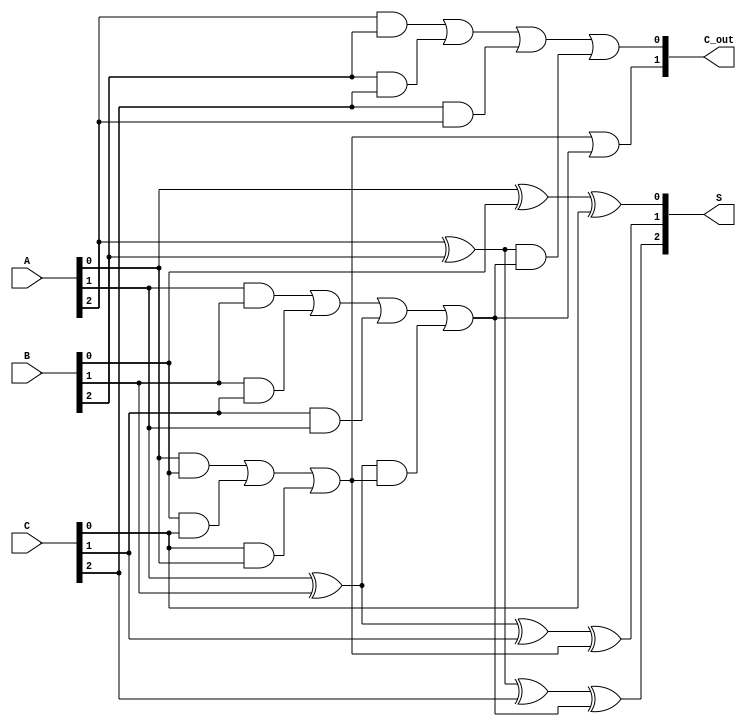
module CarrySaveAdder (
    input  [2:0] A,      // 3-bit input A
    input  [2:0] B,      // 3-bit input B
    input  [2:0] C,      // 3-bit input C
    output [2:0] S,      // 3-bit sum output
    output [1:0] C_out    // 2-bit carry output
);

    wire C1, C2; // Intermediate carry outputs

    // Full adder for the least significant bit (LSB)
    assign S[0] = A[0] ^ B[0] ^ C[0]; // Sum for LSB
    assign C1 = (A[0] & B[0]) | (B[0] & C[0]) | (C[0] & A[0]); // Carry for LSB

    // Full adder for the middle bit
    assign S[1] = A[1] ^ B[1] ^ C[1] ^ C1; // Sum for middle bit
    assign C2 = (A[1] & B[1]) | (B[1] & C[1]) | (C[1] & A[1]) | 
                 ((A[1] ^ B[1]) & C1); // Carry for middle bit

    // Full adder for the most significant bit (MSB)
    assign S[2] = A[2] ^ B[2] ^ C[2] ^ C2; // Sum for MSB
    assign C_out[0] = (A[2] & B[2]) | (B[2] & C[2]) | (C[2] & A[2]) | 
                       ((A[2] ^ B[2]) & C2); // Carry out from MSB
    assign C_out[1] = C1 | C2; // Final carry out

endmodule